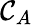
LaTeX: \mathcal{C}_{A}